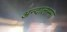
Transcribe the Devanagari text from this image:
अन्दालम्मा